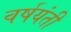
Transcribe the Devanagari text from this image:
वर्षयंती